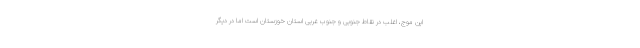
این موج، اغلب در نقاط جنوبی و جنوب غربی استان خوزستان است اما در دیگر